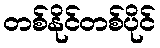
တစ်နိုင်တစ်ပိုင်